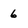
Character: 6